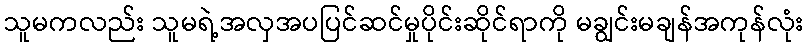
သူမကလည်း သူမရဲ့အလှအပပြင်ဆင်မှုပိုင်းဆိုင်ရာကို မချွင်းမချန်အကုန်လုံး